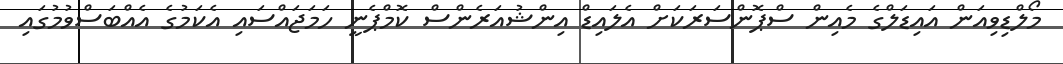
މޯލްޑިވިއަން އައިޑަލްގެ މެއިން ސްޕޮންސަރަކަށް އެލައިޑް އިންޝުއަރެންސް ކޮމްޕެނީ ހަމަޖައްސައި އެކަމުގެ އެއްބަސްވުމުގައި